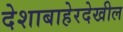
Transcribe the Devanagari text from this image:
देशाबाहेरदेखील